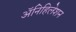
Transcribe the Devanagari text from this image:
ॲनिहिलेशन